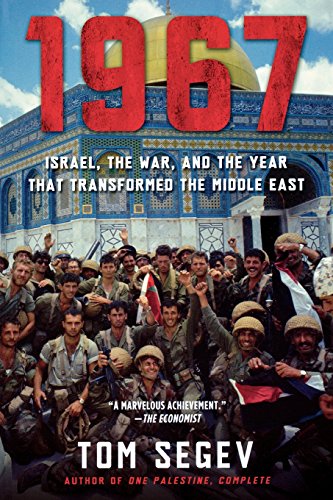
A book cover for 1967: Israel, the War, and the Year that Transformed the Middle East; Tom Segev; History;